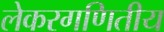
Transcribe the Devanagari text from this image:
लेकरगणितीय